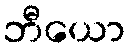
ဘီယော